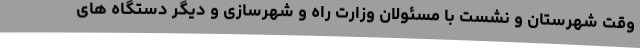
وقت شهرستان و نشست با مسئولان وزارت راه و شهرسازی و دیگر دستگاه های